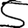
Digit: 5